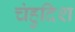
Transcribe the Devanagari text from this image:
चंहुदिश